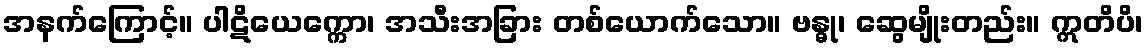
အနက်ကြောင့်။ ပါဋိယေက္ကော၊ အသီးအခြား တစ်ယောက်သော။ ဗန္ဓု၊ ဆွေမျိုးတည်း။ ဣတိပိ၊